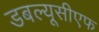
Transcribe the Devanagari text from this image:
डबल्यूसीएफ